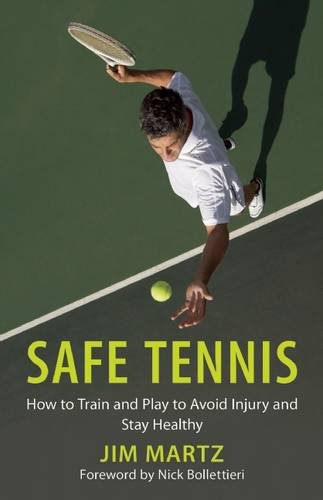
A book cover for Safe Tennis: How to Train and Play to Avoid Injury and Stay Healthy; Jim Martz; Sports & Outdoors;